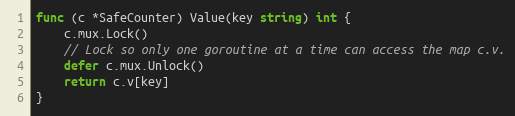
Language: Go
func (c *SafeCounter) Value(key string) int {
	c.mux.Lock()
	// Lock so only one goroutine at a time can access the map c.v.
	defer c.mux.Unlock()
	return c.v[key]
}